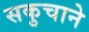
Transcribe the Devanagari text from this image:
सकुचाने